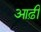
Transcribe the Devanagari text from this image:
आढ़ी